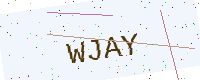
Text: WJAY